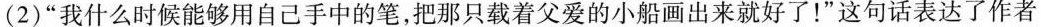
(2)”我什么时候能够用自己手中的笔，把那只载着父爱的小船画出来就好了！”这句话表达了作者